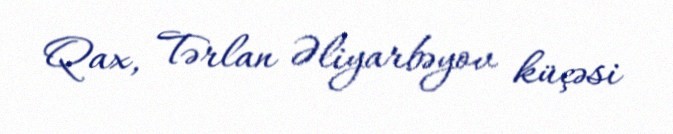
Qax, Tərlan Əliyarbəyov küçəsi